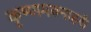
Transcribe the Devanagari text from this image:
कृष्णमक्नाहरी